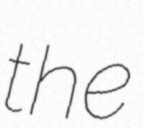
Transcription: the